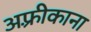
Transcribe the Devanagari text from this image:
अफ़्रीकाना